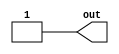
module top_module (
  output out
);
  assign out = 1'b1; // 1
endmodule